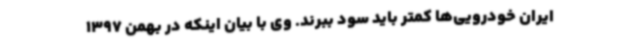
ایران خودرویی‌ها کمتر باید سود ببرند. وی با بیان اینکه در بهمن 1397